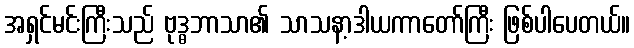
အရှင်မင်းကြီးသည် ဗုဒ္ဓဘာသာ၏ သာသနာ့ဒါယကာတော်ကြီး ဖြစ်ပါပေတယ်။